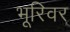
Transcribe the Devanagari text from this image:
भूरिवर